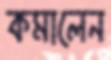
কমালেন